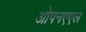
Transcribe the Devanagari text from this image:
ओपनएएल